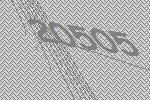
20505